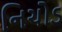
નિચોડ